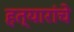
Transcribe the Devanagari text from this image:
हत्यारांचे